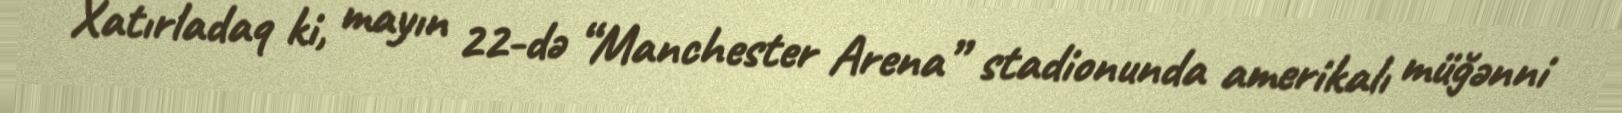
Xatırladaq ki, mayın 22-də “Manchester Arena” stadionunda amerikalı müğənni